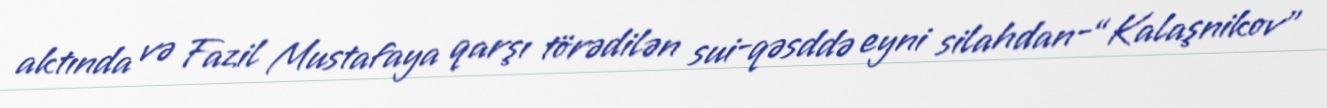
aktında və Fazil Mustafaya qarşı törədilən sui-qəsddə eyni silahdan-“Kalaşnikov”